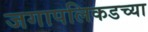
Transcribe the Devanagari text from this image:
जगापलिकडच्या